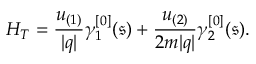
H _ { T } = \frac { u _ { ( 1 ) } } { \vert q \vert } \gamma _ { 1 } ^ { [ 0 ] } ( \mathfrak { s } ) + \frac { u _ { ( 2 ) } } { 2 m \vert q \vert } \gamma _ { 2 } ^ { [ 0 ] } ( \mathfrak { s } ) .